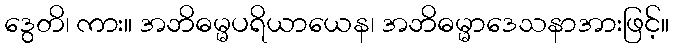
ဒွေတိ၊ ကား။ အဘိဓမ္မပရိယာယေန၊ အဘိဓမ္မာဒေသနာအားဖြင့်။